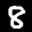
Label: 8